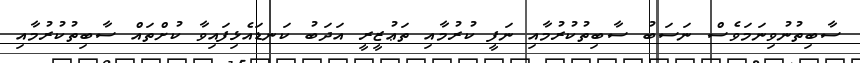
ސާބިތުނުވިނަމަވެސް ނަސަބު ސާބިތުކުރުމާއި ނަފީ ކުރުމާއި ތަޢުޒީރީ އަދަބު ކަނޑައެޅިފައިވާ ކުށްތައް ސާބިތުކުރުމާއި